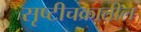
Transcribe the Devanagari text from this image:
सृष्टीचक्रातील